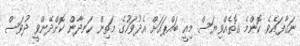
ނަގާފައެވެ. ކޮންމެ ގޮތެއްވިޔަސް މިއީ ބައްޕައަށް އެދުވަހުގެ މަތިން ހަނދާން ކޮށްދޭންވީ ދުވަސް